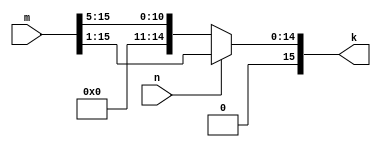
`timescale 1ns/1ns

module barrelShifter (input n,input [15:0] m, output [15:0] k);
	assign k = (n==1) ? {1'b0,m[15:1]} :
					(n==2) ? {2'b0,m[15:2]} :
					(n==3) ? {3'b0,m[15:3]} :
					(n==4) ? {4'b0,m[15:4]} :
					{5'b0,m[15:5]};
endmodule